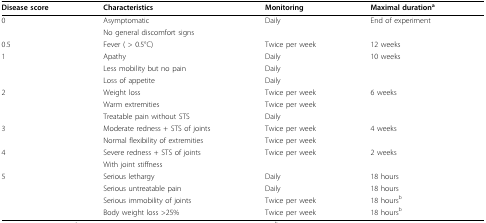
<table><thead><tr><td><b>Disease score</b></td><td><b>Characteristics</b></td><td><b>Monitoring</b></td><td><b>Maximal duration<sup>a</sup></b></td></tr></thead><tbody><tr><td>0</td><td>Asymptomatic</td><td>Daily</td><td>End of experiment</td></tr><tr><td></td><td>No general discomfort signs</td><td></td><td></td></tr><tr><td>0.5</td><td>Fever ( &gt; 0.5°C)</td><td>Twice per week</td><td>12 weeks</td></tr><tr><td>1</td><td>Apathy</td><td>Daily</td><td>10 weeks</td></tr><tr><td></td><td>Less mobility but no pain</td><td>Daily</td><td></td></tr><tr><td></td><td>Loss of appetite</td><td>Daily</td><td></td></tr><tr><td>2</td><td>Weight loss</td><td>Twice per week</td><td>6 weeks</td></tr><tr><td></td><td>Warm extremities</td><td>Twice per week</td><td></td></tr><tr><td></td><td>Treatable pain without STS</td><td>Daily</td><td></td></tr><tr><td>3</td><td>Moderate redness + STS of joints</td><td>Twice per week</td><td>4 weeks</td></tr><tr><td></td><td>Normal flexibility of extremities</td><td>Twice per week</td><td></td></tr><tr><td>4</td><td>Severe redness + STS of joints</td><td>Twice per week</td><td>2 weeks</td></tr><tr><td></td><td>With joint stiffness</td><td></td><td></td></tr><tr><td>5</td><td>Serious lethargy</td><td>Daily</td><td>18 hours</td></tr><tr><td></td><td>Serious untreatable pain</td><td>Daily</td><td>18 hours</td></tr><tr><td></td><td>Serious immobility of joints</td><td>Twice per week</td><td>18 hours<sup>b</sup></td></tr><tr><td></td><td>Body weight loss &gt;25%</td><td>Twice per week</td><td>18 hours<sup>b</sup></td></tr></tbody></table>